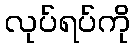
လုပ်ရပ်ကို